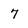
Character: 7